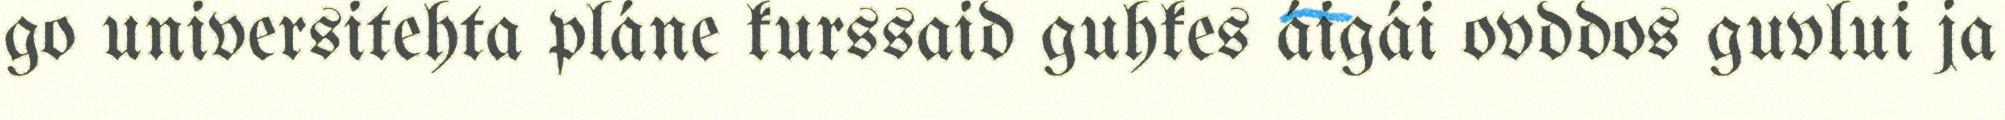
go universitehta pláne kurssaid guhkes áigái ovddos guvlui ja